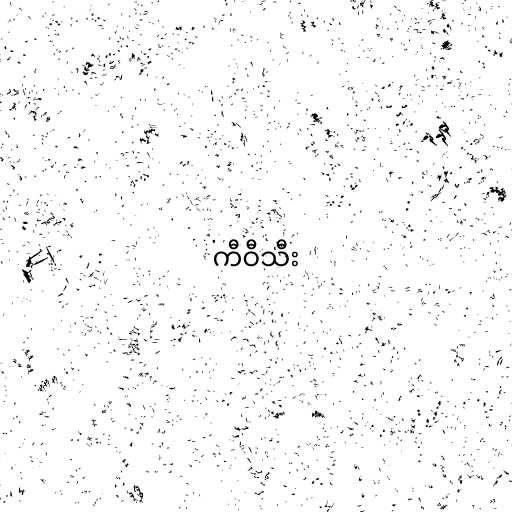
ကီဝီသီး